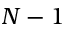
{ N } - 1